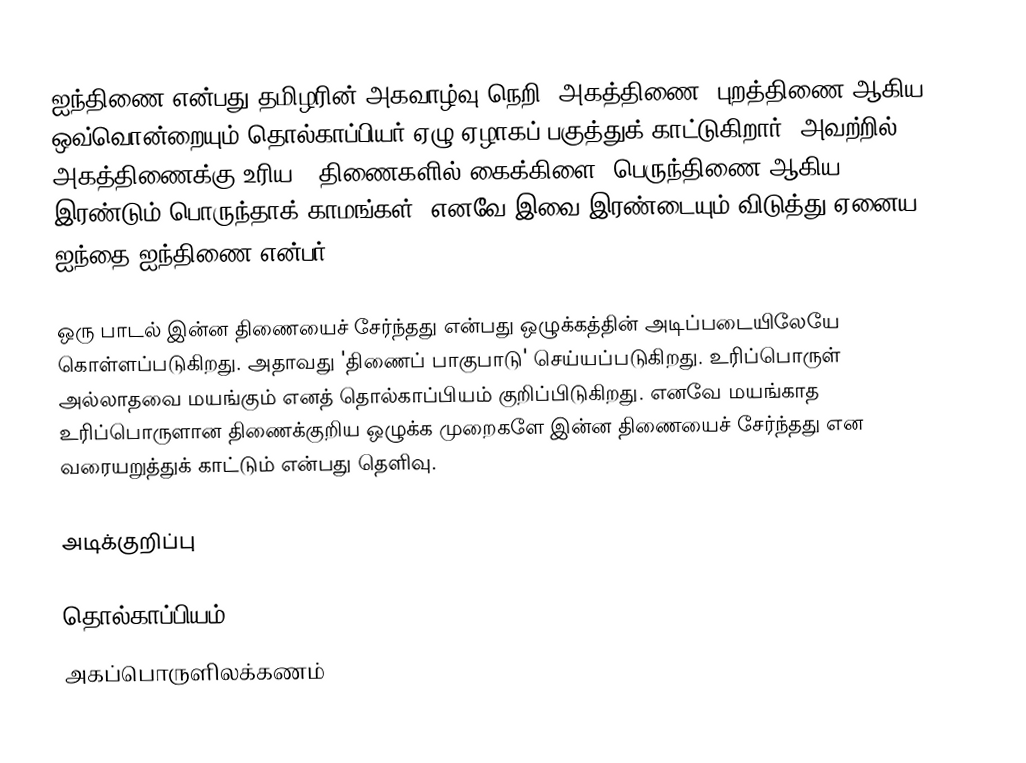
ஐந்திணை என்பது தமிழரின் அகவாழ்வு-நெறி. அகத்திணை, புறத்திணை ஆகிய ஒவ்வொன்றையும் தொல்காப்பியர் ஏழு ஏழாகப் பகுத்துக் காட்டுகிறார். அவற்றில் அகத்திணைக்கு உரிய 7 திணைகளில் கைக்கிளை, பெருந்திணை ஆகிய இரண்டும் பொருந்தாக் காமங்கள். எனவே இவை இரண்டையும் விடுத்து ஏனைய ஐந்தை ஐந்திணை என்பர்.

ஒரு பாடல் இன்ன திணையைச் சேர்ந்தது என்பது ஒழுக்கத்தின் அடிப்படையிலேயே கொள்ளப்படுகிறது. அதாவது 'திணைப் பாகுபாடு' செய்யப்படுகிறது. உரிப்பொருள் அல்லாதவை மயங்கும் எனத் தொல்காப்பியம் குறிப்பிடுகிறது. 	 எனவே மயங்காத உரிப்பொருளான திணைக்குறிய ஒழுக்க முறைகளே இன்ன திணையைச் சேர்ந்தது என வரையறுத்துக் காட்டும் என்பது தெளிவு.

அடிக்குறிப்பு

தொல்காப்பியம்
அகப்பொருளிலக்கணம்